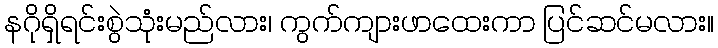
နဂိုရှိရင်းစွဲသုံးမည်လား၊ ကွက်ကျားဖာထေးကာ ပြင်ဆင်မလား။